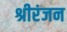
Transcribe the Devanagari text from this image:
श्रीरंजन